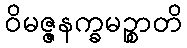
ဝိမဇ္ဇနက္ခမဉ္စာတိ